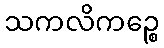
သကလိကဉ္စေ